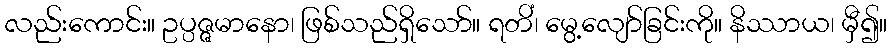
လည်းကောင်း။ ဥပ္ပဇ္ဇမာနော၊ ဖြစ်သည်ရှိသော်။ ရတိံ၊ မွေ့လျော်ခြင်းကို။ နိဿာယ၊ မှီ၍။